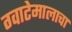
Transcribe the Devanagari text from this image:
ग्वाटेमालाचा